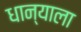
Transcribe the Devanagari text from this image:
धान्याला